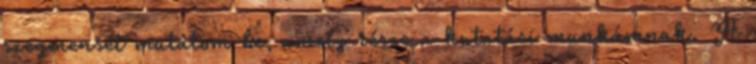
szegmensét mutatom be, amely része a kutatási munkámnak. A